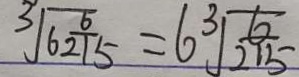
\sqrt [ 3 ] { 6 \frac { 6 } { 2 1 5 } } = 6 \sqrt [ 3 ] { \frac { 6 } { 2 1 5 } }